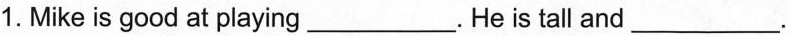
1. Mike is good at playing ___.He is tall and___.